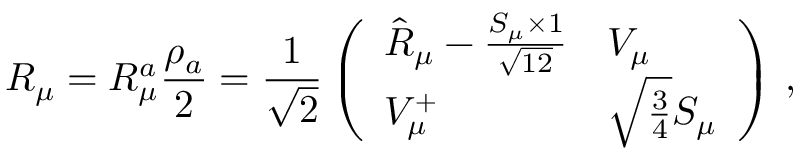
R _ { \mu } = R _ { \mu } ^ { a } { \frac { \rho _ { a } } { 2 } } = { \frac { 1 } { \sqrt { 2 } } } \left( \begin{array} { l l } { { \hat { R } _ { \mu } - { \frac { S _ { \mu } \times 1 } { \sqrt { 1 2 } } } } } & { { V _ { \mu } } } \\ { { V _ { \mu } ^ { + } } } & { { \sqrt { \frac { 3 } { 4 } } S _ { \mu } } } \end{array} \right) \, ,